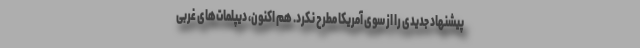
پیشنهاد جدیدی را از سوی آمریکا مطرح نکرد. هم اکنون، دیپلمات‌های غربی